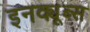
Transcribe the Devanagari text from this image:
इनक्यूब्स